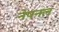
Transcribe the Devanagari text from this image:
नेषनल